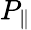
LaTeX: P_{\parallel}